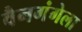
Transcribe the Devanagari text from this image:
वैनगंगेला